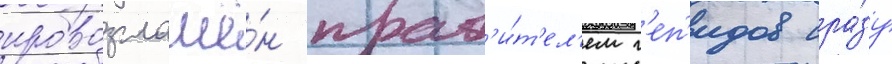
провозглашё́н прав'и́т'ел'ем г'еп'идов сра́зу